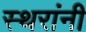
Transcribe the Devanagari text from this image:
स्थरांनी